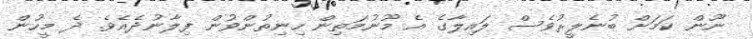
ނޫން ކަމަށް ބުނެލީރުވެސް ލައިލާގެ އެ މޫނުމަތިން ހިނިތުންވުން ފިލާނުދެއެވެ. ދެ މީހުން